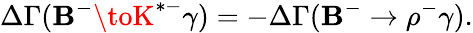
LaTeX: \Delta\Gamma(\mathbf{B}^{-}\toK^{*-}\gamma)=-\Delta\Gamma(\mathbf{B}^{-}\to\rho^{-}\gamma).